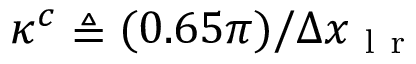
\kappa ^ { c } \triangleq ( 0 . 6 5 \pi ) / \Delta x _ { \mathrm { ~ l ~ r ~ } }